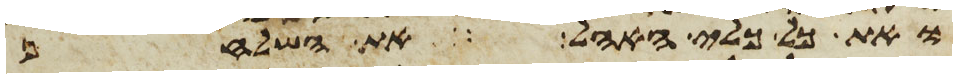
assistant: ואת כל כלי האהל את השלחן